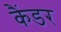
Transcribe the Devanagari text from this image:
कैंडर